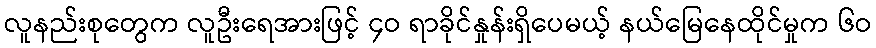
လူနည်းစုတွေက လူဦးရေအားဖြင့် ၄ဝ ရာခိုင်နှုန်းရှိပေမယ့် နယ်မြေနေထိုင်မှုက ၆ဝ